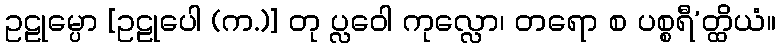
ဥဠုမ္ပော [ဥဠုပေါ (က.)] တု ပ္လဝေါ ကုလ္လော၊ တရော စ ပစ္စရီ’တ္ထိယံ။